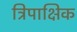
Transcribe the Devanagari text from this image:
त्रिपाक्षिक